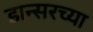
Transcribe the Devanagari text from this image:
डान्सरच्या